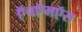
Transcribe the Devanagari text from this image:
ऍचऍमऍस